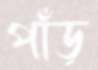
পাঁড়